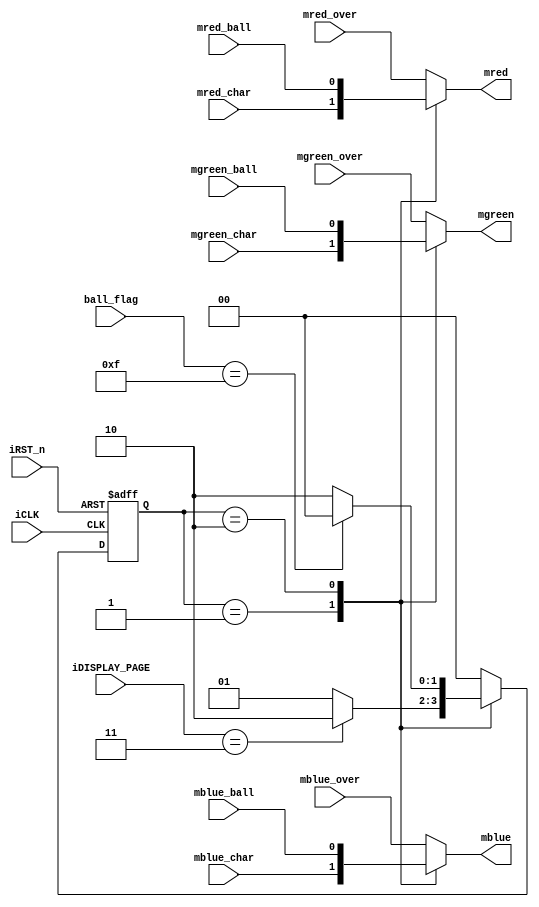
//--
module state_run(iCLK,iRST_n,iDISPLAY_PAGE,ball_flag,mred_char,mgreen_char,mblue_char,
						mred_ball,mgreen_ball,mblue_ball,mred_over,mgreen_over,mblue_over,mred,mgreen,mblue);
	input iCLK,iRST_n;
	input [1:0]iDISPLAY_PAGE;
	input [3:0]ball_flag;
	input mred_char,mgreen_char,mblue_char;
	input mred_ball,mgreen_ball,mblue_ball;
	input mred_over,mgreen_over,mblue_over;
	output reg mred;
	output reg mgreen;
	output reg mblue;
	
	parameter S0=4'b0001, S1=4'b0010, S2=4'b0100;
	reg [1:0] current_state, next_state;
	
	always @(posedge iCLK or negedge iRST_n)
		begin
			if(!iRST_n)
				current_state<=S0;
			else
				current_state<=next_state;
		end

	always@(current_state or iDISPLAY_PAGE or ball_flag or iRST_n)
		begin
			case(current_state)
			S0: 
			begin    //S0
				mred=mred_char;
				mgreen=mgreen_char;
				mblue=mblue_char;
				if(iDISPLAY_PAGE==2'b11)  //S9S1
					next_state=S1;
				else next_state=S0;  //S0
			end
			
			S1: 
			begin             // S1
				mred=mred_ball;
				mgreen=mgreen_ball;
				mblue=mblue_ball;
				if(ball_flag==4'b1111) //S2
					next_state=S2;
				else
					next_state=S1;  //S1
			end
			
			S2: 
			begin               //S2
				mred=mred_over;
				mgreen=mgreen_over;
				mblue=mblue_over;
				if(iRST_n) next_state=S2; //
				else next_state=S0;
			end
			
			default: 
			begin       //default S2
				next_state=S2;
				mred=mred_over;
				mgreen=mgreen_over;
				mblue=mblue_over;
			end
			endcase
		end
		
endmodule